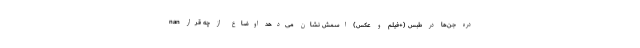
nan دره جن‌ها در طبس (+فیلم و عکس) اسمش نشان می‌دهد اوضاع از چه قرار